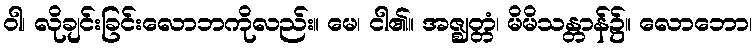
ဝါ၊ လိုချင်းခြင်းလောဘကိုလည်း။ မေ၊ ငါ၏။ အဇ္ဈတ္တံ၊ မိမိသန္တာန်၌။ လောဘော၊